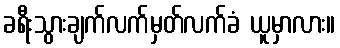
ခရီးသွားချက်လက်မှတ်လက်ခံ ယူမှာလား။